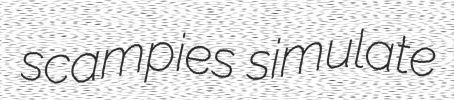
scampies simulate